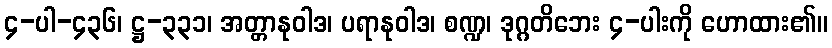
၄-ပါ-၄၃၆၊ ဋ္ဌ-၃၃၁၊ အတ္တာနုဝါဒ၊ ပရာနုဝါဒ၊ စဏ္ဍ၊ ဒုဂ္ဂတိဘေး ၄-ပါးကို ဟောထား၏။